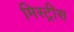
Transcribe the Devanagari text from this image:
मिस्ट्रीस